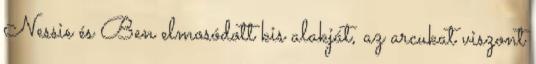
Nessie és Ben elmosódott kis alakját, az arcukat viszont